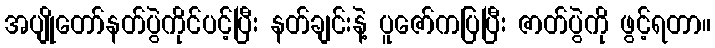
အပျိုတော်နတ်ပွဲကိုင်ပင့်ပြီး နတ်ချင်းနဲ့ ပူဇော်ကပြပြီး ဇာတ်ပွဲကို ဖွင့်ရတာ။